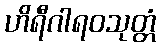
ဟိရီဂါရဝသုတ္တံ